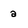
Character: a